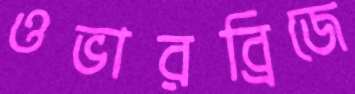
ওভারব্রিজে